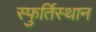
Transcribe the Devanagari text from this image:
स्फुर्तिस्थान